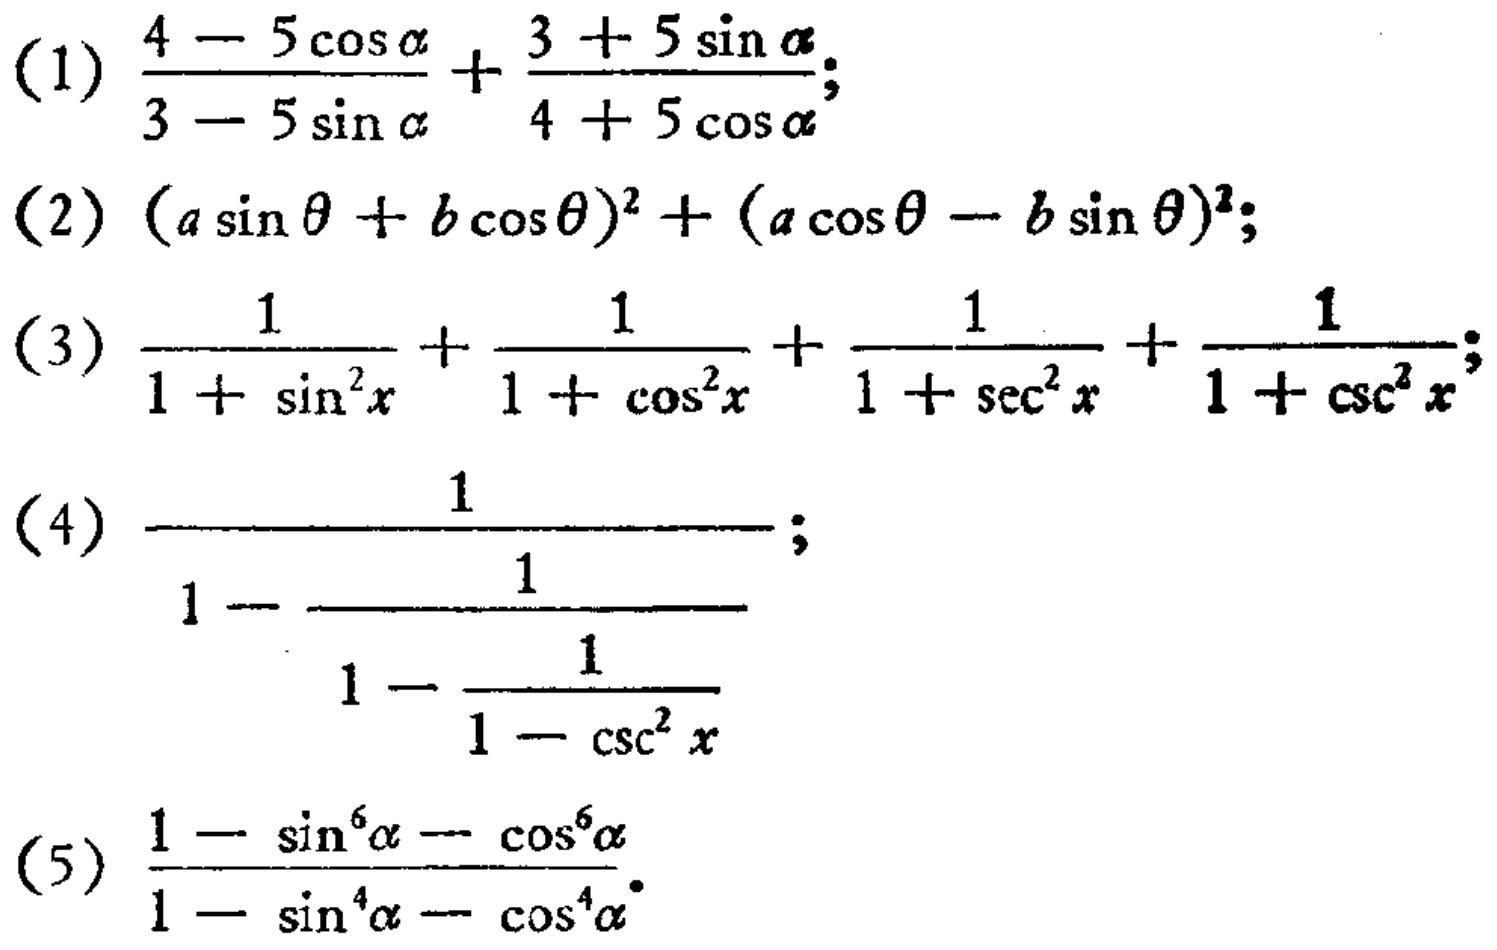
(1) \(\frac{4 - 5\cos\alpha}{3 - 5\sin\alpha}+\frac{3 + 5\sin\alpha}{4 + 5\cos\alpha}\);
(2) \((a\sin\theta + b\cos\theta)^2+(a\cos\theta - b\sin\theta)^2\);
(3) \(\frac{1}{1 + \sin^{2}x}+\frac{1}{1 + \cos^{2}x}+\frac{1}{1 + \sec^{2}x}+\frac{1}{1 + \csc^{2}x}\);
(4) \(\frac{1}{1-\frac{1}{1 - \frac{1}{1 - \csc^{2}x}}}\);
(5) \(\frac{1 - \sin^{6}\alpha - \cos^{6}\alpha}{1 - \sin^{4}\alpha - \cos^{4}\alpha}\)